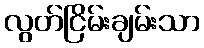
လွတ်ငြိမ်းချမ်းသာ